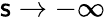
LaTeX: \mathsf{s}\to-\infty